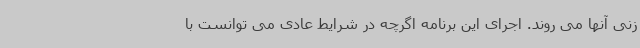
زنی آنها می روند. اجرای این برنامه اگرچه در شرایط عادی می توانست با